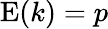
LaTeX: \operatorname{E}(k)=p